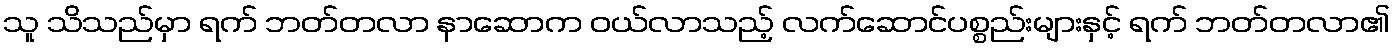
သူ သိသည်မှာ ရက် ဘတ်တလာ နာဆောက ဝယ်လာသည့် လက်ဆောင်ပစ္စည်းများနှင့် ရက် ဘတ်တလာ၏